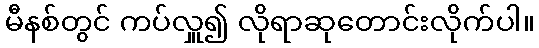
မီနစ်တွင် ကပ်လှူ၍ လိုရာဆုတောင်းလိုက်ပါ။